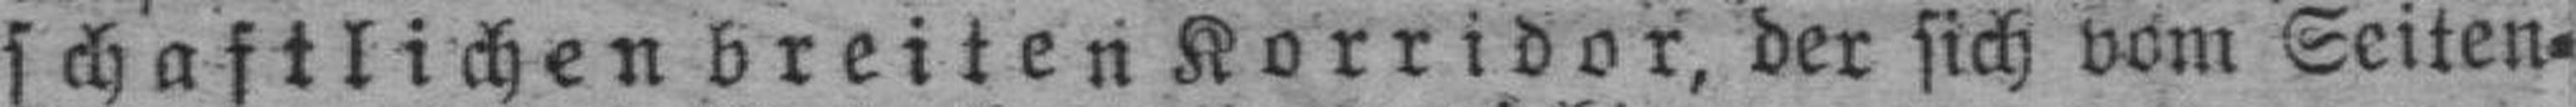
schaftlichen breiten Korridor, der sich vom Seiten¬